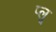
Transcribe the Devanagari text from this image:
प्लू